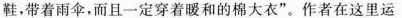
鞋，带着雨伞，而且一定穿着暖和的棉大衣”。作者在这里运